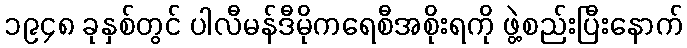
၁၉၄၈ ခုနှစ်တွင် ပါလီမန်ဒီမိုကရေစီအစိုးရကို ဖွဲ့စည်းပြီးနောက်